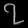
Digit: ၇